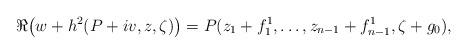
LaTeX: \begin{align*}\Re\big(w+h^2(P+iv,z,\zeta)\big)=P(z_1+f_{1}^1,\ldots, z_{n-1}+f_{n-1}^1,\zeta+g_0),\end{align*}